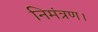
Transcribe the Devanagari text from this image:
निमंत्रण।